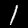
Label: 1